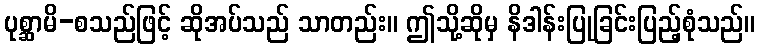
ပုစ္ဆာမိ-စသည်ဖြင့် ဆိုအပ်သည် သာတည်း။ ဤသို့ဆိုမှ နိဒါန်းပြုခြင်းပြည့်စုံသည်။